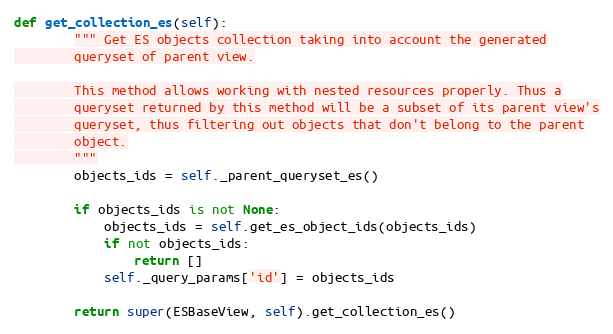
Language: Python
def get_collection_es(self):
        """ Get ES objects collection taking into account the generated
        queryset of parent view.

        This method allows working with nested resources properly. Thus a
        queryset returned by this method will be a subset of its parent view's
        queryset, thus filtering out objects that don't belong to the parent
        object.
        """
        objects_ids = self._parent_queryset_es()

        if objects_ids is not None:
            objects_ids = self.get_es_object_ids(objects_ids)
            if not objects_ids:
                return []
            self._query_params['id'] = objects_ids

        return super(ESBaseView, self).get_collection_es()